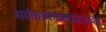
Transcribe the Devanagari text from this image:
सर्वकामफलप्रदः॥३॥